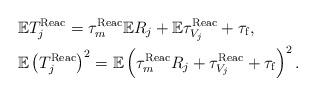
LaTeX: \begin{align*}\begin{aligned}&\mathbb{E}T^{\rm Reac}_j=\tau^{\rm Reac}_{m}\mathbb{E}R_j+\mathbb{E}\tau^{\rm Reac}_{V_j}+\tau_{\rm f},\\&\mathbb{E}\left(T^{\rm Reac}_j\right)^2=\mathbb{E}\left(\tau^{\rm Reac}_{m}R_j+\tau^{\rm Reac}_{V_j}+\tau_{\rm f}\right)^2.\\\end{aligned}\end{align*}